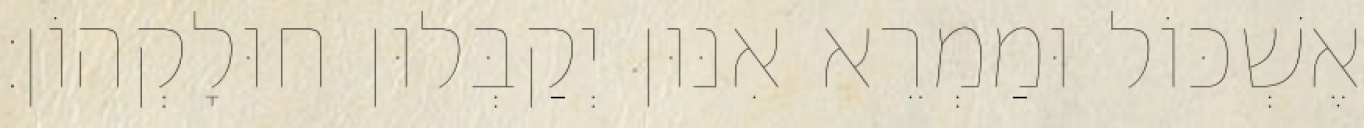
אֶשְׁכּוֹל וּמַמְרֵא אִנּוּן יְקַבְּלוּן חוּלָקְהוֹן׃